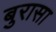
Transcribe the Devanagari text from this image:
बुरासा